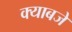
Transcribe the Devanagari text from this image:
क्याबजे